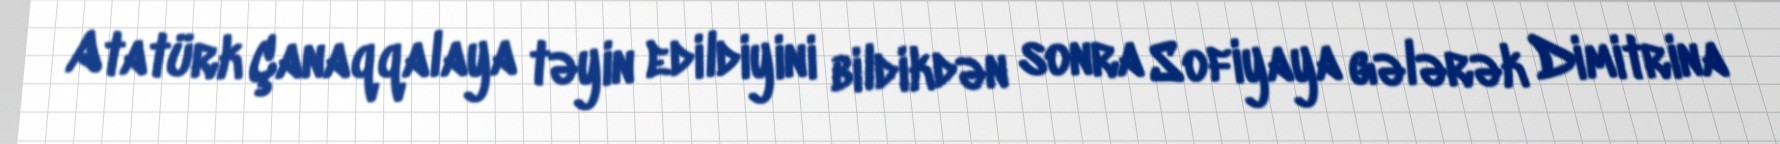
Atatürk Çanaqqalaya təyin edildiyini bildikdən sonra Sofiyaya gələrək Dimitrina